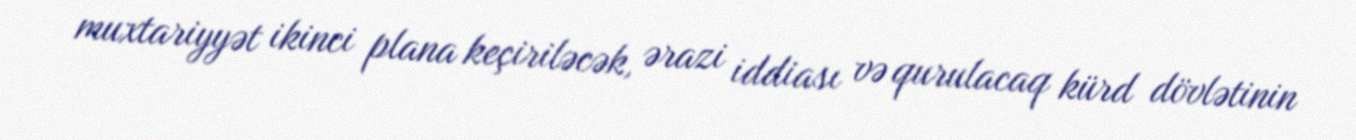
muxtariyyət ikinci plana keçiriləcək, ərazi iddiası və qurulacaq kürd dövlətinin